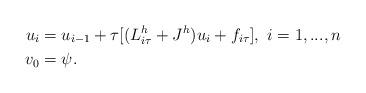
LaTeX: \begin{align*} u_i&=u_{i-1}+ \tau [(L^h_{i\tau}+J^h)u_i +f_{i\tau} ] , \ i=1,...,n \\ v_0&= \psi.\end{align*}